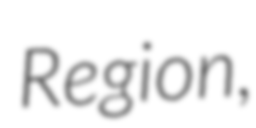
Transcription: Region,